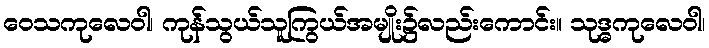
ဝေသကုလေဝါ၊ ကုန်သွယ်သူကြွယ်အမျိုး၌လည်းကောင်း။ သုဒ္ဓကုလေဝါ၊